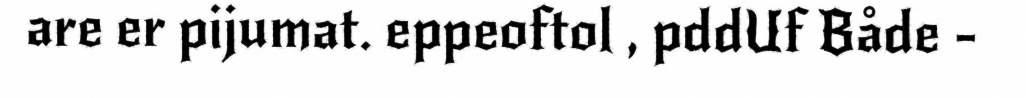
are er pijumat. eppeoftol , pddUf Både -